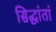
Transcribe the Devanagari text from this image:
सिद्धांतां